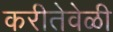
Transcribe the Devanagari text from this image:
करीतेवेळी